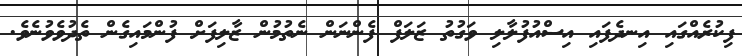
ފިކުރެއްގައި އިނދެފައި އިސްއުފުލާލި ވަގުތު ޒަލަފް ފެންނަން ނެތުމުން ޒާލިފަށް ފުންމައިގެން ތެދުވެވުނެވެ.